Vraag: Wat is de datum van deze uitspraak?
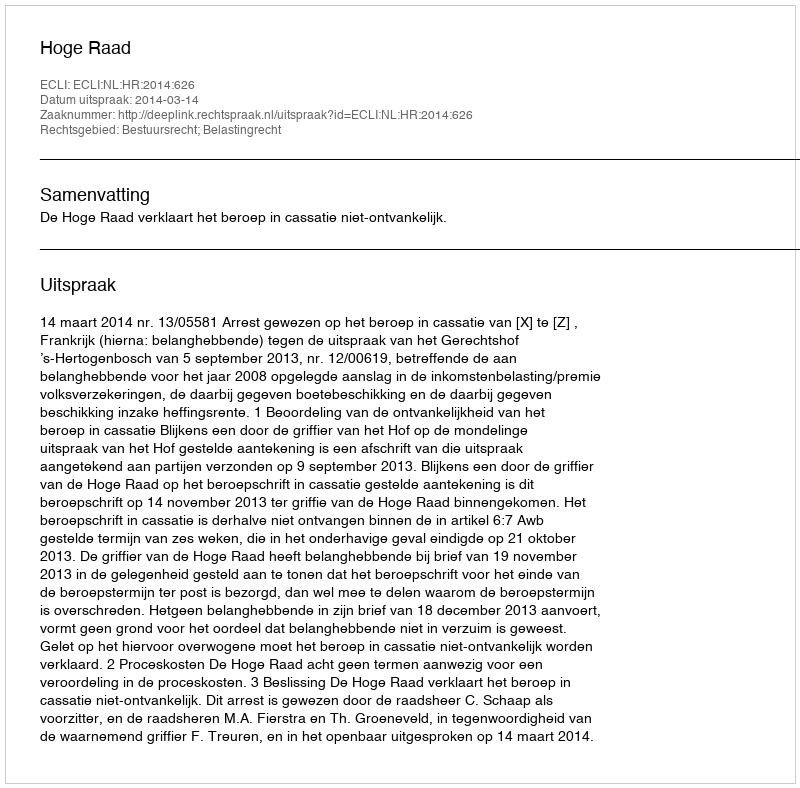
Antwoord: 2014-03-14